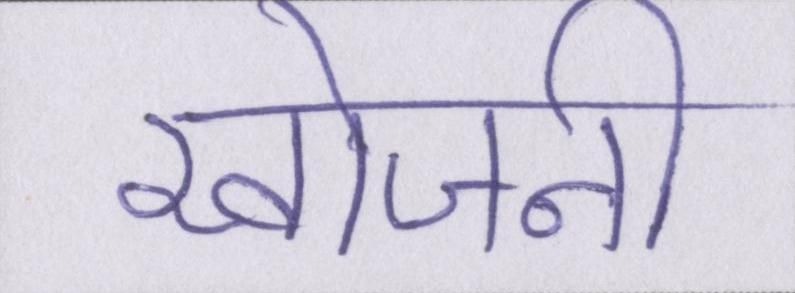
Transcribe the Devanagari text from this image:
खोजनी